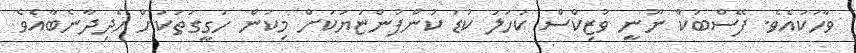
ވާހަކައެވެ. ފޭސްބުކް ނޫނީ ވުޒިކްސް ކަހަލަ ކުޑަ ކުންފުންޏަޔަކަށް މިކަން ހަގީގަތަކަށް ހެދިދާނެބާއެވެ